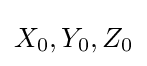
X_{0},Y_{0},Z_{0}